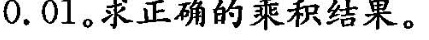
0.01.求正确的乘积结果。